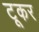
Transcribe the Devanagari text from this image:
टूकर